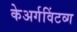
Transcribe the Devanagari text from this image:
केअर्गविंटव्ग